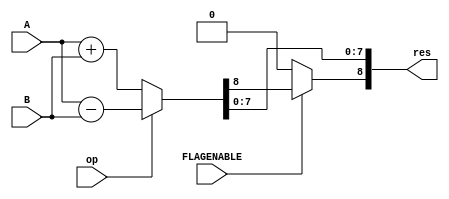
`timescale 1ns/1ps
module ALU(input op, input [7:0] A, input [7:0] B,input FLAGENABLE ,output [8:0] res);//op->1->submit op->0->plus
wire flag;
wire [8:0] outdata;
assign outdata[8:0] = op ? (A[7:0] - B[7:0]) : (A[7:0] + B[7:0]);
assign res[7:0]=outdata[7:0];
assign res[8]=FLAGENABLE? outdata[8]: 1'b0;
endmodule